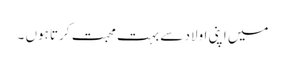
میں اپنی اولاد سے بہت محبت کرتا ہوں ۔